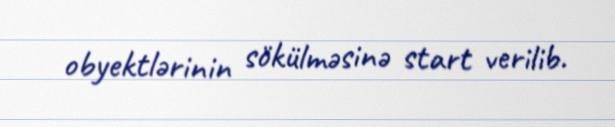
obyektlərinin sökülməsinə start verilib.